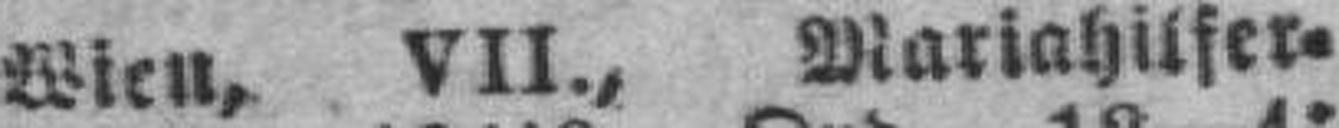
Wien, VII., Mariahilfer¬